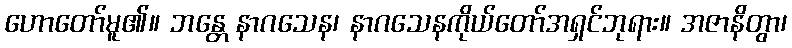
ဟောတော်မူ၏။ ဘန္တေ နာဂသေန၊ နာဂသေနကိုယ်တော်အရှင်ဘုရား။ အဇာနိတွာ၊